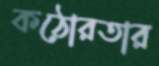
কঠোরতার